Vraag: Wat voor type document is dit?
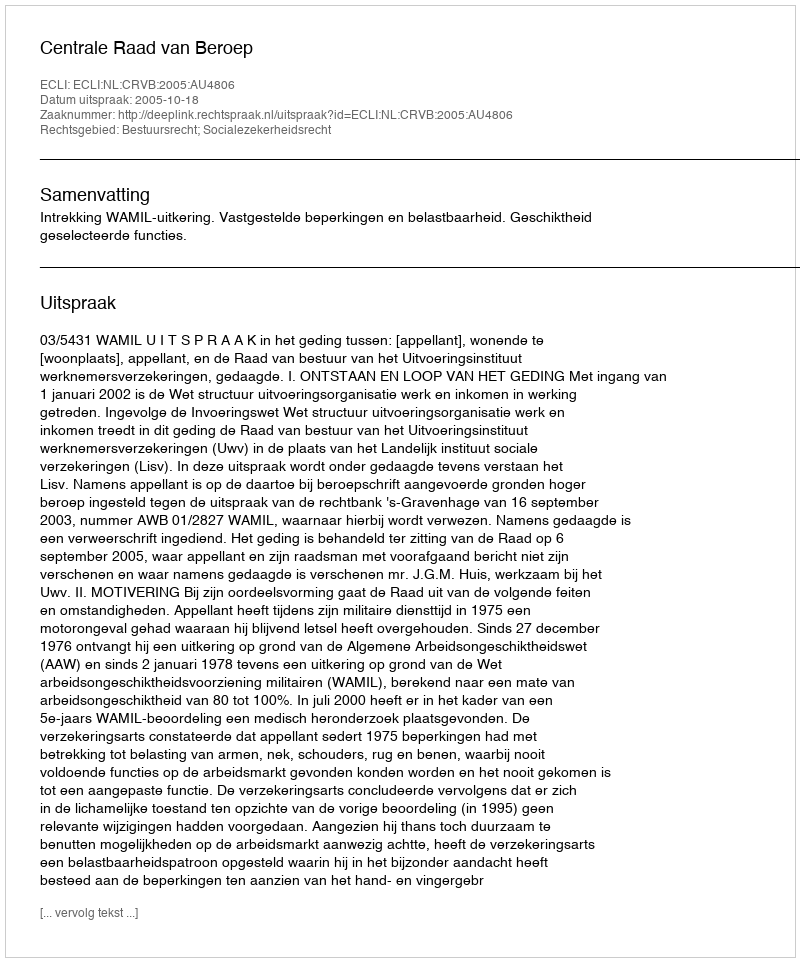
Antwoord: Uitspraak